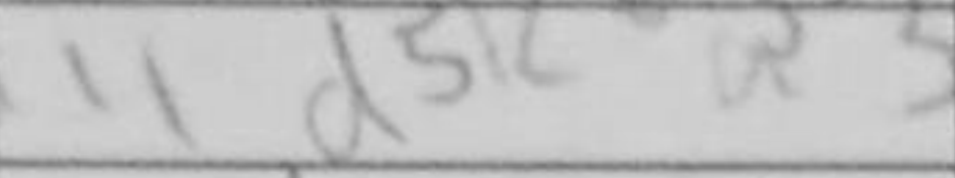
Transcription: d5